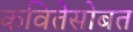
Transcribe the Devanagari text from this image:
कवितेसोबत